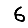
Digit: 6